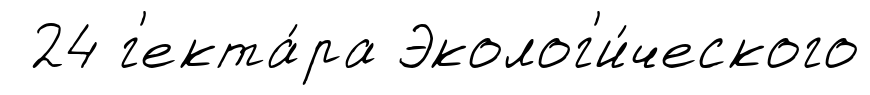
24 г'екта́ра Эколог'и́ческого